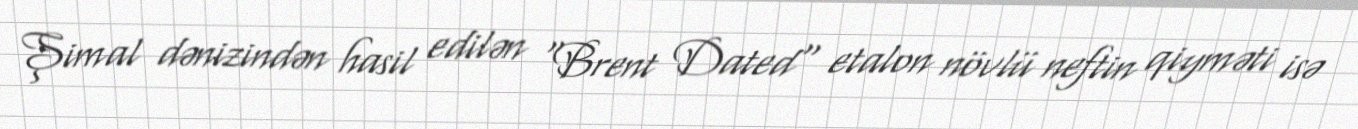
Şimal dənizindən hasil edilən "Brent Dated" etalon növlü neftin qiyməti isə